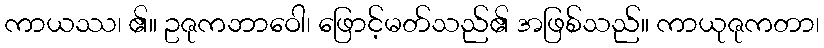
ကာယဿ၊ ၏။ ဥဇုကဘာဝေါ၊ ဖြောင့်မတ်သည်၏ အဖြစ်သည်။ ကာယုဇုကတာ၊